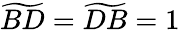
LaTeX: \widetilde{BD}=\widetilde{DB}=1